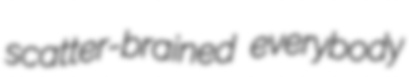
scatter-brained everybody